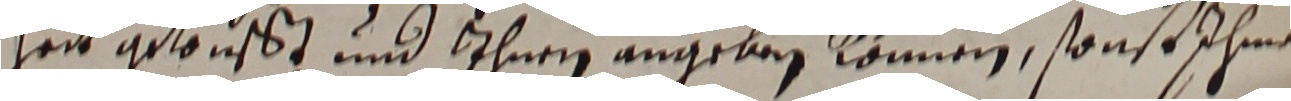
zeit gelonst und ihnen angeben können, sonst ihne